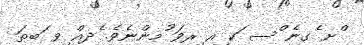
ްށ ެގނެ ްސ ަކ ިއ ިރވަ ުމންނެވެ. ެދއް ިވ ަބޠަ